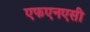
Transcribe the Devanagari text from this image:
एफएनएसी